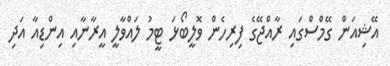
އޭޝިއަން ގޭމްސްގައި ރާއްޖޭގެ ފިރިހެން ވޮލީބޯޅަ ޓީމު ލައްވާލީ އީރާނާއި އިންޑިއާ އަދި